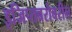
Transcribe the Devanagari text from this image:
इजिप्तबरोबरील